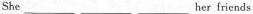
She ___ ___ ___ her friends